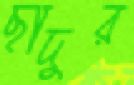
ছাদুর